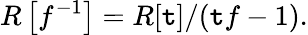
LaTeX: R\left[f^{-1}\right]=R[\mathtt{t}]/(\mathtt{t}f-1).